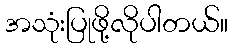
အသုံးပြုဖို့လိုပါတယ်။